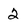
Character: 2